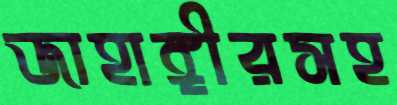
জাহাঙ্গীরসহ